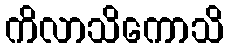
ကိလာသိကောသိ